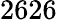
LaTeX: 2626